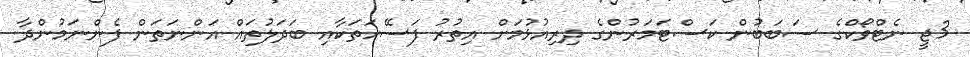
3ޖީ ނެޓްވޯކްގެ ސަބަބުން ކަސްޓަމަރުންގެ ދިރިއުޅުމަށް އިތުރު ފަސޭހަތަކާއި ބަދަލުތައް އަންނަތަން ފެންނަމުންދާ